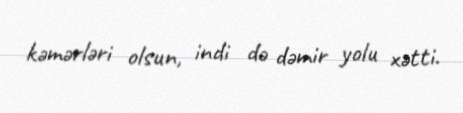
kəmərləri olsun, indi də dəmir yolu xətti.